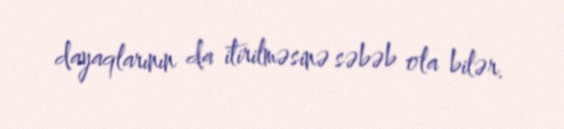
dayaqlarının da itirilməsinə səbəb ola bilər.